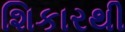
શિકારથી